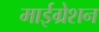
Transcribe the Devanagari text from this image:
माईग्रेशन